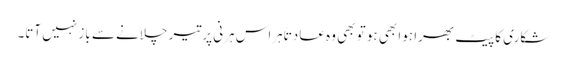
شکاری کا پیٹ بھرا ہوا بھی ہو تو بھی وہ عادتاً ہراس ہرنی پر تیر چلانے سے باز نہیں آتا۔